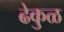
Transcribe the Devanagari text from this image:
ढेकुळ